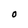
Character: O